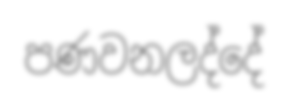
පණවනලද්දේ